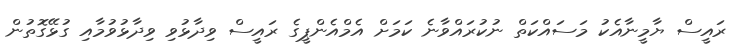
ރައީސް ޔާމީނާއެކު މަސައްކަތް ނުކުރައްވާނެ ކަމަށް އެމްއެންޕީގެ ރައީސް ވިދާޅުވި ވިދާޅުވުމާއި ގުޅޭގޮތުން